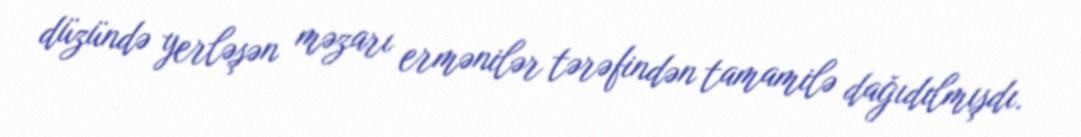
düzündə yerləşən məzarı ermənilər tərəfindən tamamilə dağıdılmışdı.